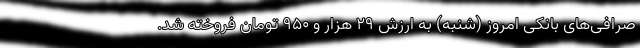
صرافی‌های بانکی امروز (شنبه) به ارزش ۲۹ هزار و ۹۵۰ تومان فروخته شد.